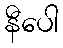
နီပေါ